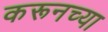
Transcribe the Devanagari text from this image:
करूनच्या